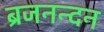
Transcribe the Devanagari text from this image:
ब्रजनन्दन